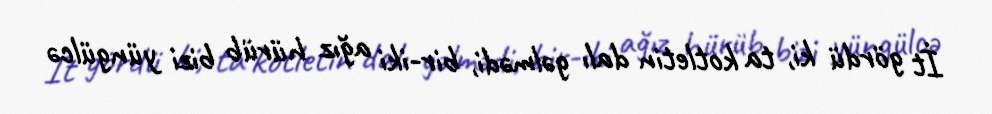
İt gördü ki, ta kotletin dalı gəlmədi, bir-iki ağız hürüb bizi yüngülcə